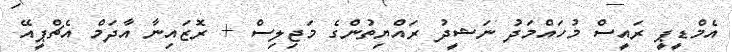
އެމްޑީޕީ ރައީސް މުހައްމަދު ނަޝީދު ރައްޔިތުންގެ މަޖިލިސް + ރޮޒައިނާ އާދަމް އެޗްޕީއޭ